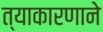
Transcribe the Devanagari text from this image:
त्याकारणाने